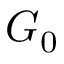
G _ { 0 }